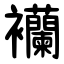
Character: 襽